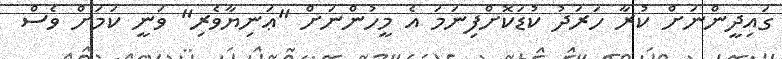
ގައިދީންނަށް ކުރާ ހަރަދު ކުޑަކޮށްފިނަމަ އެ މީހުންނަަށް "ޢަނިޔާވެރި" ވަނީ ކަމަށް ވެސް